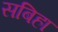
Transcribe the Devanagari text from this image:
सबिहा